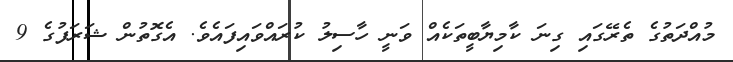
މުއްދަތުގެ ތެރޭގައި ގިނަ ކާމިޔާބީތަކެއް ވަނީ ހާސިލު ކުރައްވައިފައެވެ. އެގޮތުން ޝަރަފުގެ 9